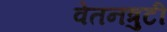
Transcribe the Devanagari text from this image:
वेतनत्रुटी